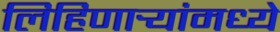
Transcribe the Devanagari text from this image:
लिहिणार्‍यांमध्ये